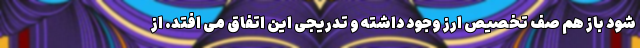
شود باز هم صف تخصیص ارز وجود داشته و تدریجی این اتفاق می افتد. از